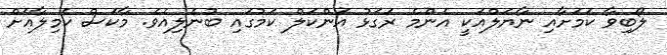
ލޯބިވާ ކަމަށާއި ނާޔަލްއަކީ އެންމެ ރަގަޅު އަންކަލް ކަމުގައި ބުނެލިއެވެ. މާކަސް ކެމިލާއަށް